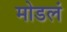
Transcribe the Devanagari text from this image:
मोडलं